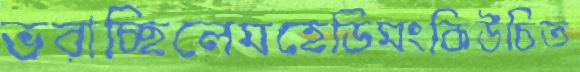
ভরাচ্ছিলেমহেডিমংকিউচিত